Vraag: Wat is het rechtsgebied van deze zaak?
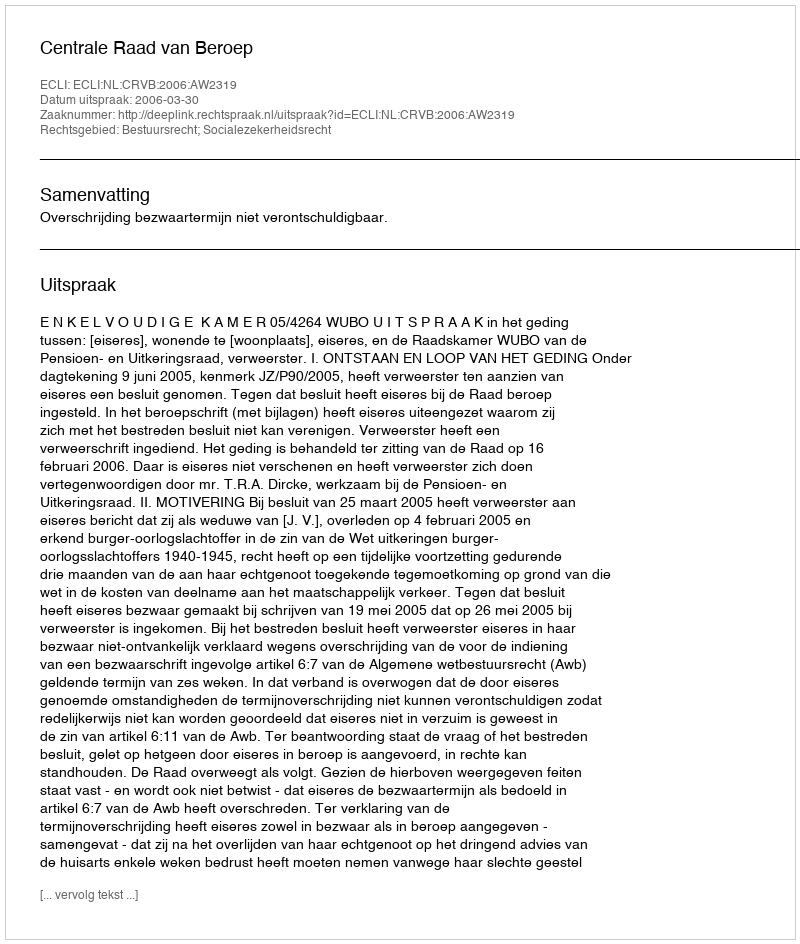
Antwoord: Bestuursrecht; Socialezekerheidsrecht